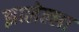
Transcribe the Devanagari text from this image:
झालेल्ला